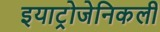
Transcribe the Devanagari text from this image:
इयाट्रोजेनिकली